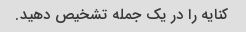
کنایه را در یک جمله تشخیص دهید.